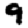
Digit: 9